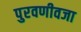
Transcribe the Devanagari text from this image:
पुरवणीवजा